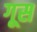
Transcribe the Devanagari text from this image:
गूस